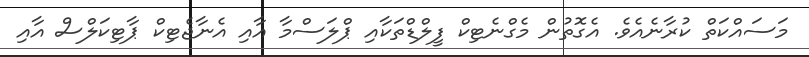
މަސައްކަތް ކުރާނެއެވެ. އެގޮތުން މެގްނެޓިކް ފީލްޑްތަކާއި ޕްލަސްމާ އާއި އެނާޖެޓިކް ޕާޓިކަލްސް އާއި